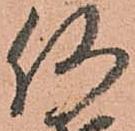
何